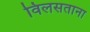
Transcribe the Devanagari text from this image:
विलसताना